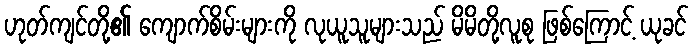
ဟုတ်ကျင်တို့၏ ကျောက်စိမ်းများကို လုယူသူများသည် မိမိတို့လူစု ဖြစ်ကြောင့် ယုခင်